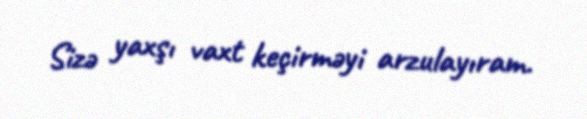
Sizə yaxşı vaxt keçirməyi arzulayıram.